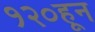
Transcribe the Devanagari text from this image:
१२०हून